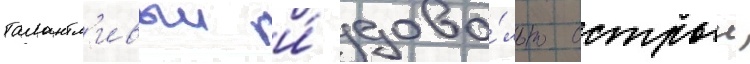
талантл'ивыи и́ дово́льно острыи